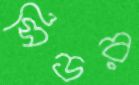
সিডর